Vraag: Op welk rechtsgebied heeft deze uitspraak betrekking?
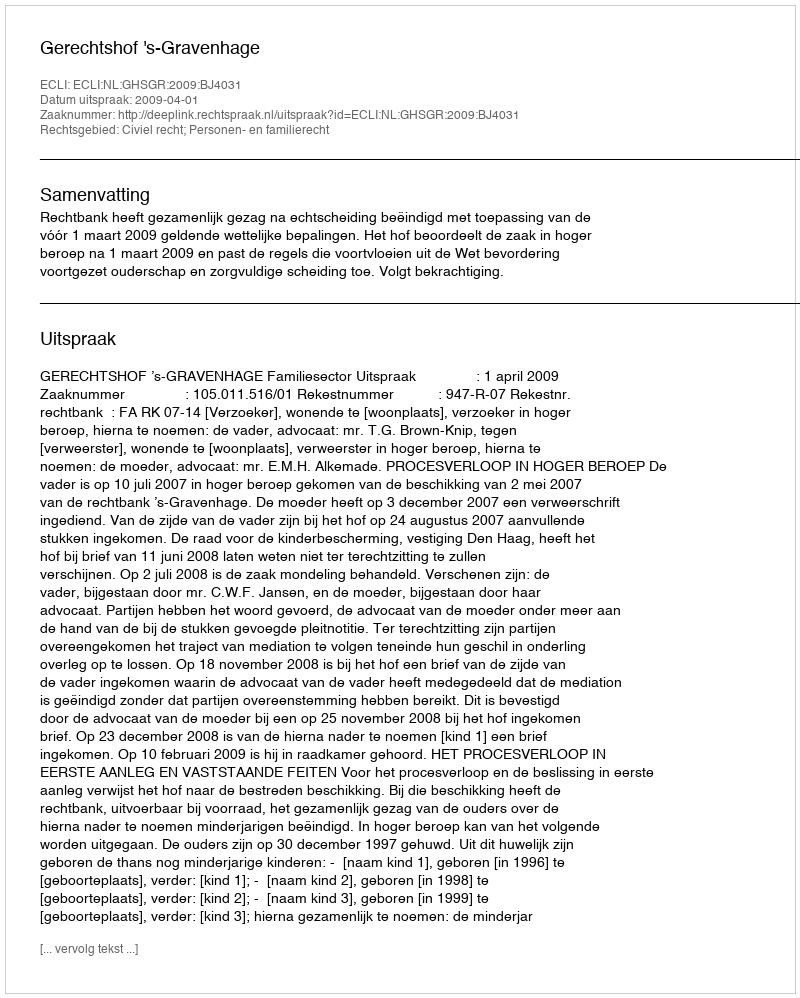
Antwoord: Civiel recht; Personen- en familierecht